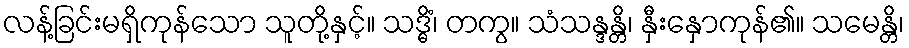
လန့်ခြင်းမရှိကုန်သော သူတို့နှင့်။ သဒ္ဓိံ၊ တကွ။ သံသန္ဒန္တိ၊ နှီးနှောကုန်၏။ သမေန္တိ၊